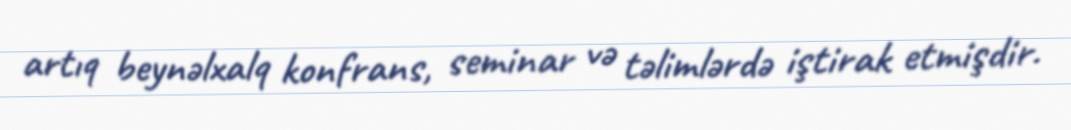
artıq beynəlxalq konfrans, seminar və təlimlərdə iştirak etmişdir.